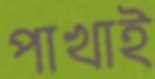
পাখাই